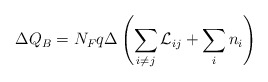
\begin{align*}\Delta Q_B = N_Fq \Delta \left( \sum_{i \neq j}{\cal L}_{ij} + \sum_i n_i \right)\end{align*}